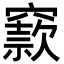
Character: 窾